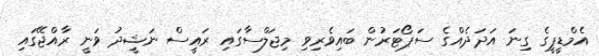
އެމްޑީޕީގެ ގިނަ އަދަދެއްގެ ސަޕޯޓަރުން ބައިވެރިވި މިޖަލްސާގައި ރައީސް ނަޝީދު ވަނީ ރާއްޖޭގައި